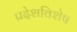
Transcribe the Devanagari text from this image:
प्रदेशविशेष